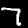
Label: 7